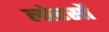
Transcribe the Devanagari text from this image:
लोटसों